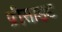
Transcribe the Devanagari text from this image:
प्रीसाइड